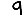
Digit: 9